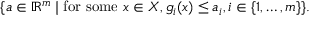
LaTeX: \{ a \in \mathbb { R } ^ { m } \mid { \mathrm { f o r ~ s o m e ~ } } x \in X , g _ { i } ( x ) \leq a _ { i } , i \in \{ 1 , \ldots , m \} \} .